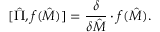
[ \hat { \Pi } , f ( \hat { M } ) ] = { \frac { \delta } { \delta \hat { M } } } \cdot f ( \hat { M } ) .